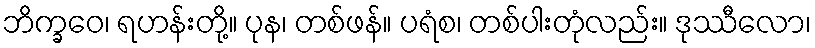
ဘိက္ခဝေ၊ ရဟန်းတို့။ ပုန၊ တစ်ဖန်။ ပရံစ၊ တစ်ပါးတုံလည်း။ ဒုဿီလော၊